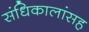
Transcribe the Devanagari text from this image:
संधिकालांसह